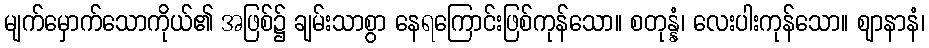
မျက်မှောက်သောကိုယ်၏ အဖြစ်၌ ချမ်းသာစွာ နေရကြောင်းဖြစ်ကုန်သော။ စတုန္နံ၊ လေးပါးကုန်သော။ ဈာနာနံ၊